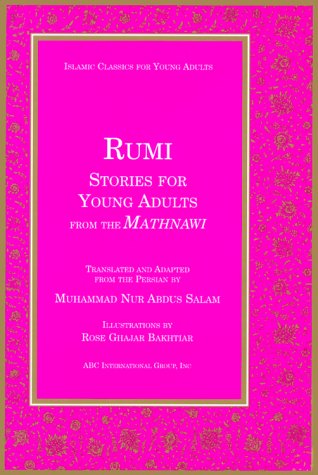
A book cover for Rumi Stories for Young Adults from the Mathnawi (Islamic Classics for Young Adults); Jalal al-Din Rumi; Teen & Young Adult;